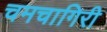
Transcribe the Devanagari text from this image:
चमचागिरी